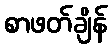
စာဖတ်ချိန်